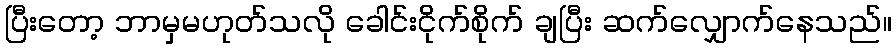
ပြီးတော့ ဘာမှမဟုတ်သလို ခေါင်းငိုက်စိုက် ချပြီး ဆက်လျှောက်နေသည်။